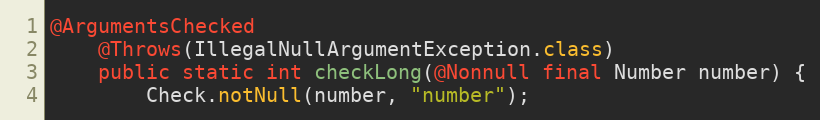
Language: Java
@ArgumentsChecked
	@Throws(IllegalNullArgumentException.class)
	public static int checkLong(@Nonnull final Number number) {
		Check.notNull(number, "number");